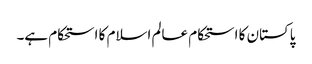
پاکستان کا استحکام عالم اسلام کا استحکام ہے۔